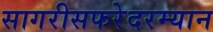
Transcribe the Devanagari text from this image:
सागरीसफरेदरम्यान